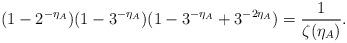
LaTeX: \begin{align*}(1-2^{-\eta_A})(1-3^{-\eta_A})(1-3^{-\eta_A}+3^{-2\eta_A})=\frac{1}{\zeta(\eta_A)}. \end{align*}